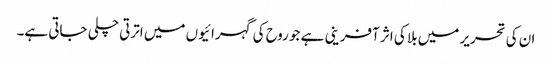
ان کی تحریر میں بلا کی اثر آفرینی ہے جو روح کی گہرائیوں میں اترتی چلی جاتی ہے۔